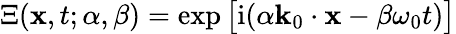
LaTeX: \Xi(\mathbf{x},t;\alpha,\beta)=\exp\big[{\mathrm{i}(\alpha\mathbf{k}_{0}\cdot\mathbf{x}-\beta\omega_{0}t)}\big]